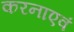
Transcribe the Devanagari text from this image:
करनाएवं